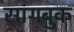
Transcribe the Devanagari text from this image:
सांगबुक